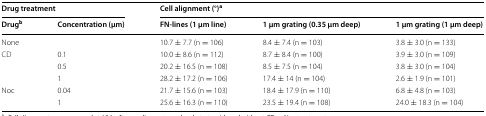
<table><thead><tr><td colspan="2"><b>Drug treatment</b></td><td colspan="3"><b>Cell alignment (°)<sup>a</sup></b></td></tr><tr><td><b>Drug<sup>b</sup></b></td><td><b>Concentration (μm)</b></td><td><b>FN-lines (1 μm line)</b></td><td><b>1 μm grating (0.35 μm deep)</b></td><td><b>1 μm grating (1 μm deep)</b></td></tr></thead><tbody><tr><td>None</td><td></td><td>10.7 ± 7.7 (n = 106)</td><td>8.4 ± 7.4 (n = 103)</td><td>3.8 ± 3.0 (n = 133)</td></tr><tr><td rowspan="3">CD</td><td>0.1</td><td>10.0 ± 8.6 (n = 112)</td><td>8.7 ± 8.4 (n = 100)</td><td>3.9 ± 3.0 (n = 109)</td></tr><tr><td>0.5</td><td>20.2 ± 16.5 (n = 108)</td><td>8.5 ± 7.5 (n = 104)</td><td>3.8 ± 3.0 (n = 104)</td></tr><tr><td>1</td><td>28.2 ± 17.2 (n = 106)</td><td>17.4 ± 14 (n = 104)</td><td>2.6 ± 1.9 (n = 101)</td></tr><tr><td rowspan="2">Noc</td><td>0.04</td><td>21.7 ± 15.6 (n = 103)</td><td>18.4 ± 17.9 (n = 110)</td><td>6.8 ± 4.8 (n = 103)</td></tr><tr><td>1</td><td>25.6 ± 16.3 (n = 110)</td><td>23.5 ± 19.4 (n = 108)</td><td>24.0 ± 18.3 (n = 104)</td></tr></tbody></table>